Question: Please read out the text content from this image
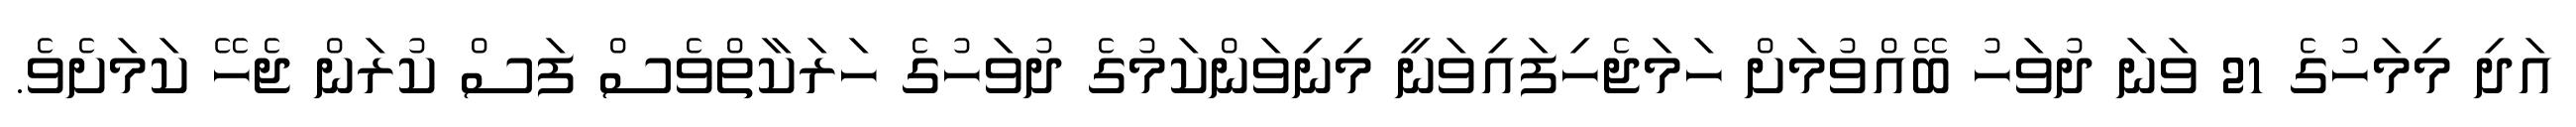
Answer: އަދި މިމަހުގެ 21 ވަނަ ދުވަހު ބޭއްވުމަށް ހަމަޖެހިފައިވަނީ މިނިވަންކަމުގެ ދުވަހުގެ ހަރަކާތްވެސް ފަސް ކުރަން ޖެހޭ ކަމަށެވެ.